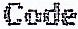
CODE